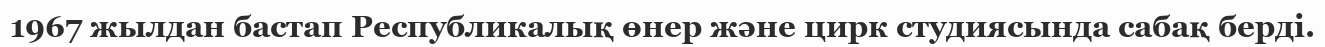
1967 жылдан бастап Республикалық өнер және цирк студиясында сабақ берді.